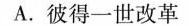
A.彼得一世改革